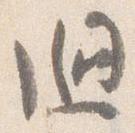
廻